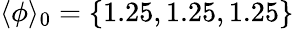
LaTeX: \langle\phi\rangle_{0}=\{ 1.25,1.25,1.25\}